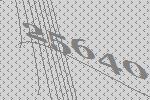
25640